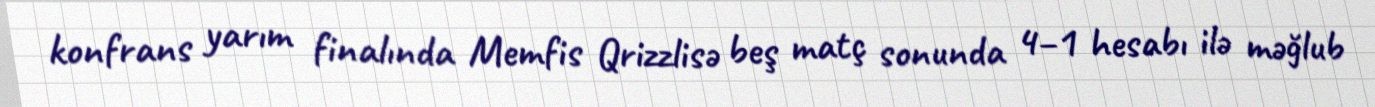
konfrans yarım finalında Memfis Qrizzlisə beş matç sonunda 4–1 hesabı ilə məğlub